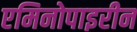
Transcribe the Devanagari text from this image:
एमिनोपाइरीन